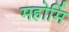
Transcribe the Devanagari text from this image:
महोर्मि